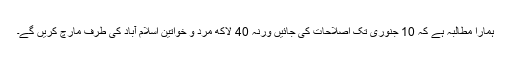
ہمارا مطالبہ ہے کہ 10 جنوری تک اصلاحات کی جائیں ورنہ 40 لاکھ مرد و خواتین اسلام آباد کی طرف مارچ کریں گے۔